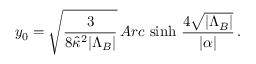
y _ { 0 } = \sqrt { \frac { 3 } { 8 \hat { \kappa } ^ { 2 } | \Lambda _ { B } | } } \, A r c \, \sinh \, \frac { 4 \sqrt { | \Lambda _ { B } | } } { | \alpha | } \, .